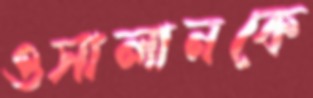
ওসালানকে